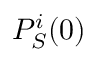
P _ { S } ^ { i } ( 0 )